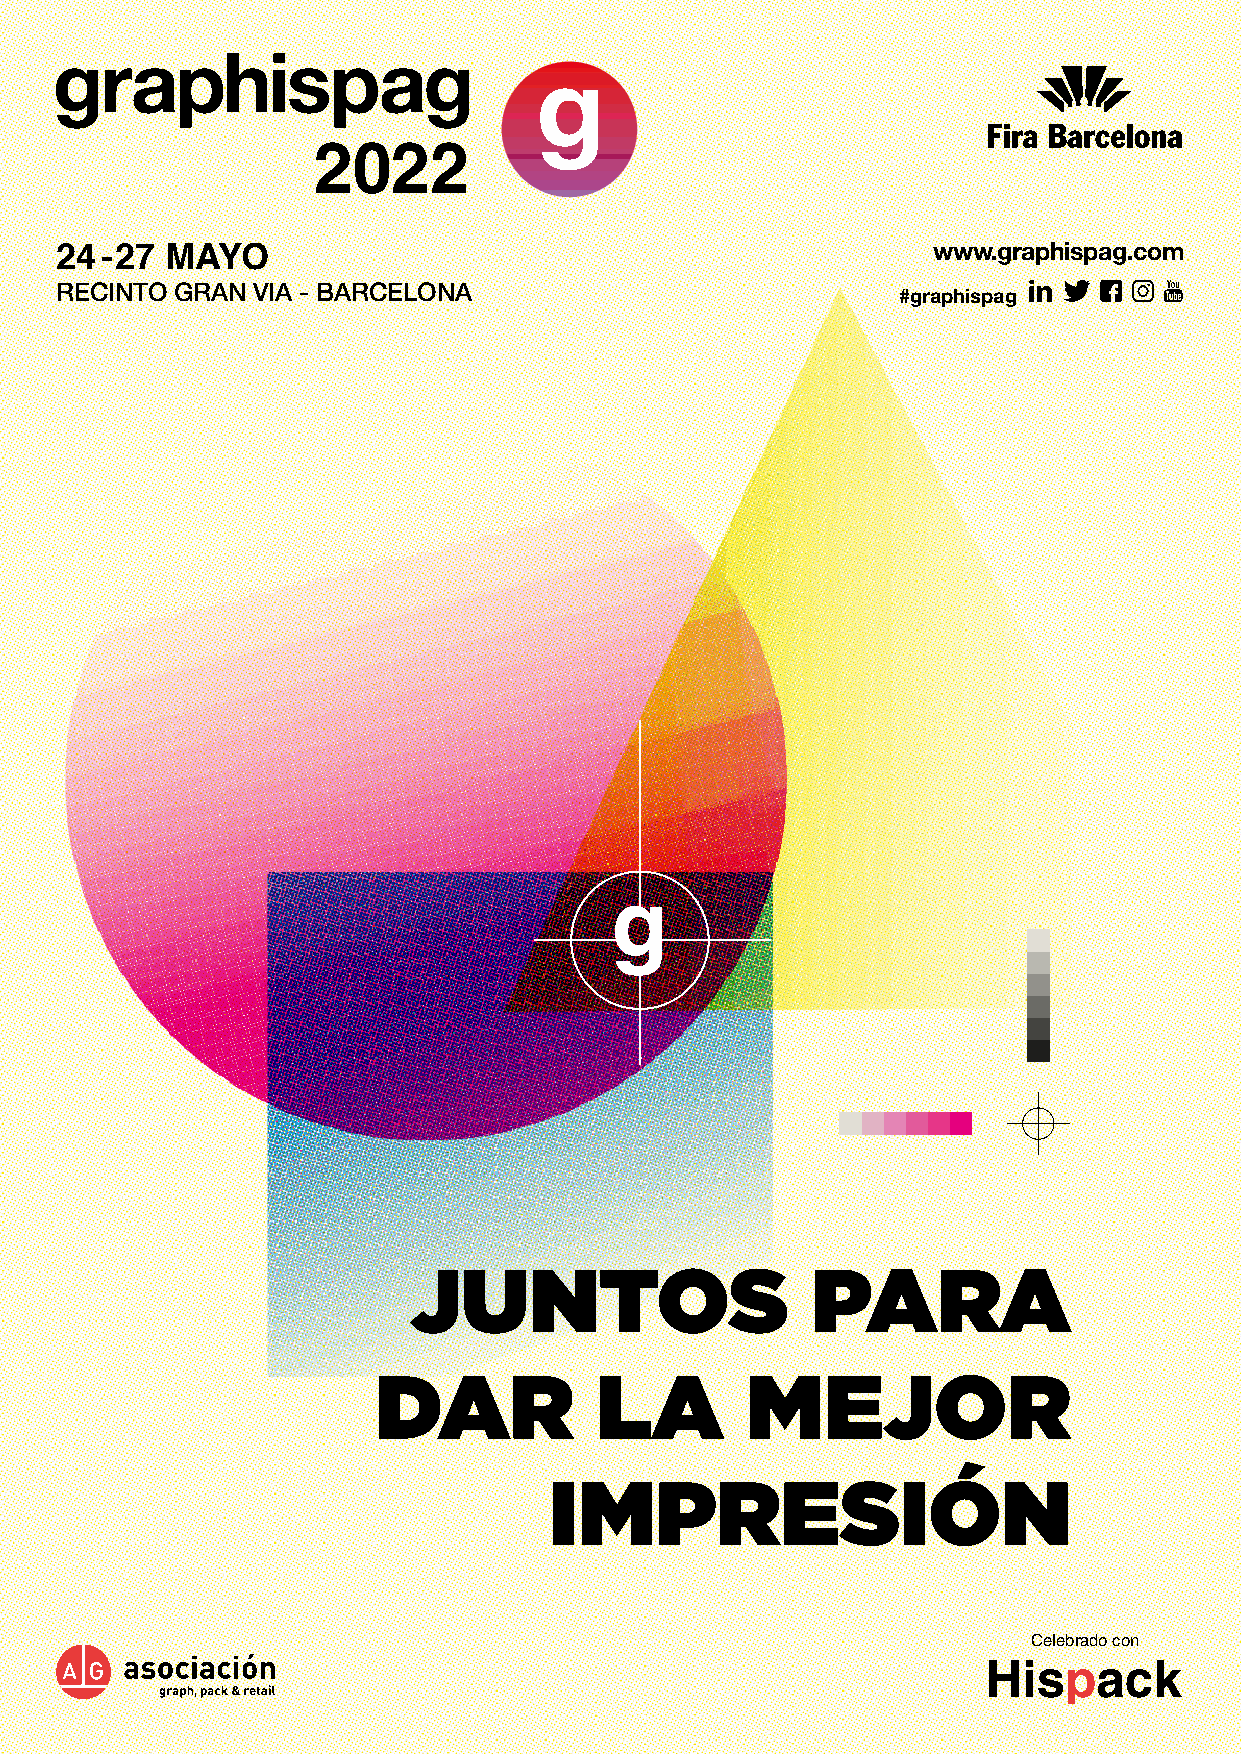
2022
 www.graphispag.com
 24 -27 MAYO
 RECINTO GRAN VIA - BARCELONA                           #graphispag
 JUNTOS                     PARA
 DAR           LA        MEJOR
 IMPRESIÓN
 Celebrado con